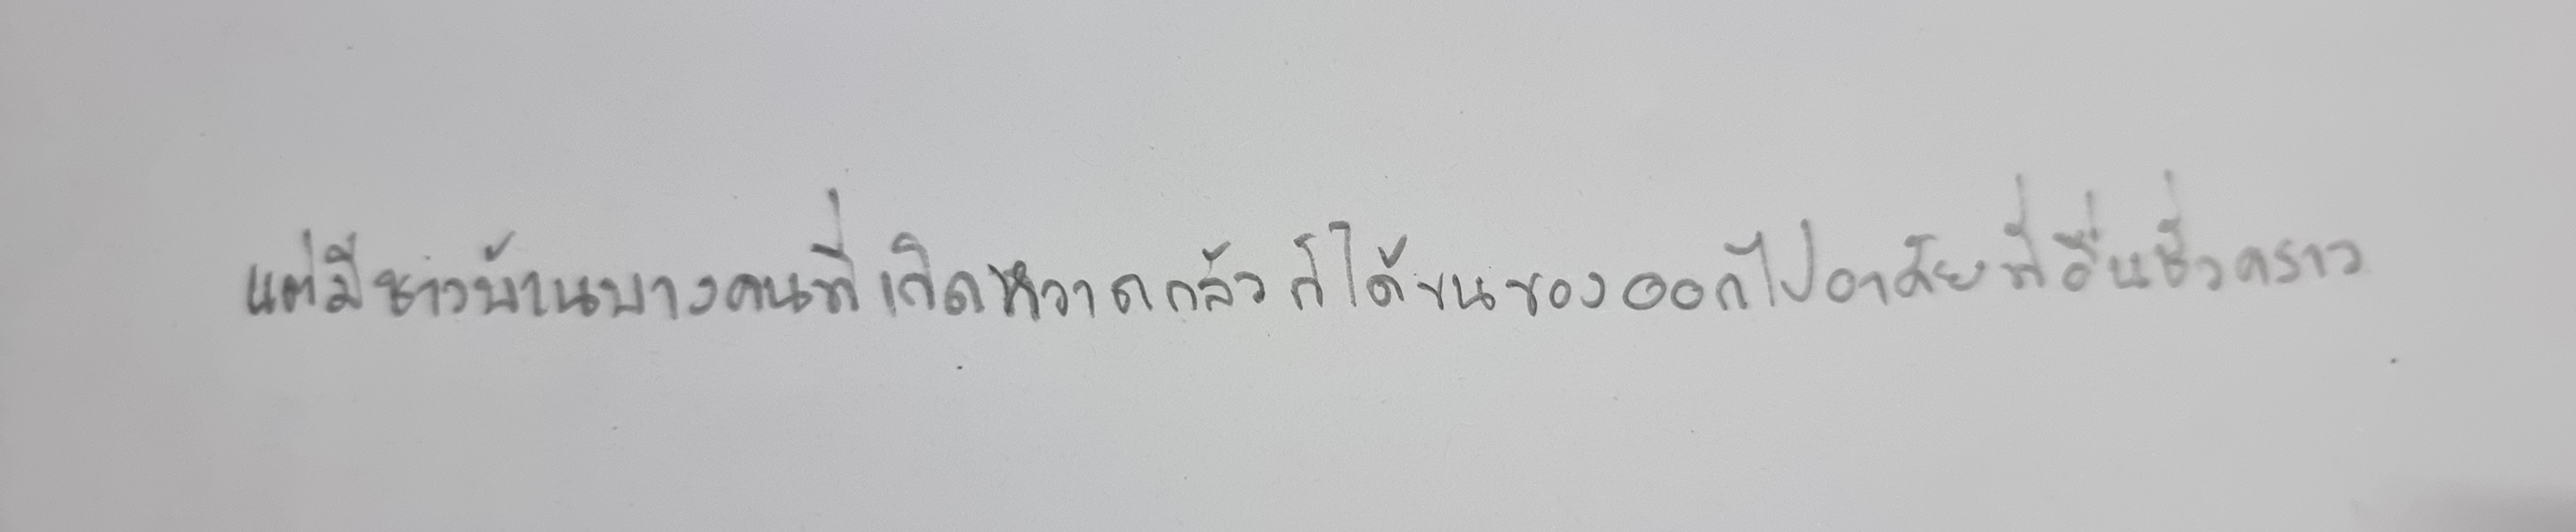
แต่มีชาวบ้านบางคนที่เกิดหวาดกลัวก็ได้ขนของออกไปอาศัยที่อื่นชั่วคราว